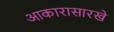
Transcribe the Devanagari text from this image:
आकारासारखे